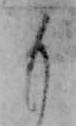
も